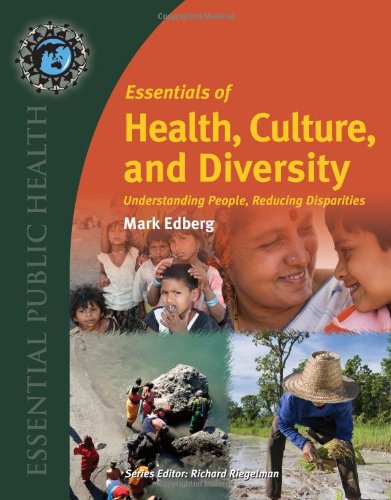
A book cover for Essentials Of Health, Culture, And Diversity: Understanding People, Reducing Disparities (Essential Public Health); Mark Edberg; Politics & Social Sciences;